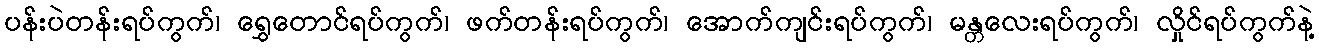
ပန်းပဲတန်းရပ်ကွက်၊ ရွှေတောင်ရပ်ကွက်၊ ဖက်တန်းရပ်ကွက်၊ အောက်ကျင်းရပ်ကွက်၊ မန္တလေးရပ်ကွက်၊ လှိုင်ရပ်ကွက်နဲ့